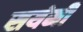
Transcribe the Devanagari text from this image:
सयंमी